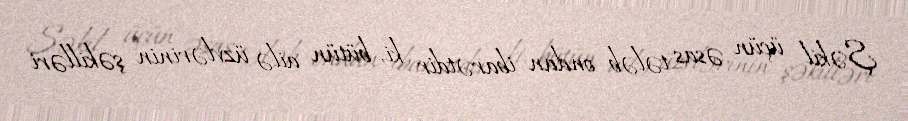
Şəkil üçün əsas tələb ondan ibarətdir ki, bütün ailə üzvlərinin şəkilləri